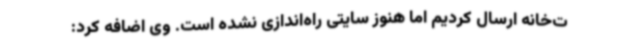
ت‌خانه ارسال کردیم اما هنوز سایتی راه‌اندازی نشده است. وی اضافه کرد: